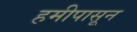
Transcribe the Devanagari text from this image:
हमीपासून